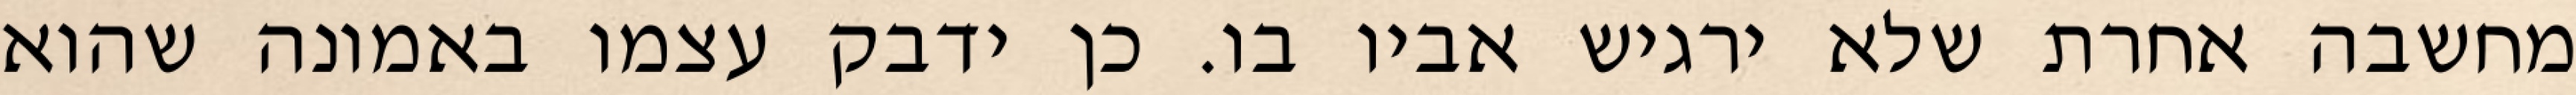
מחשבה אחרת שלא ירגיש אביו בו. כן ידבק עצמו באמונה שהוא